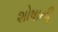
શોષાતી